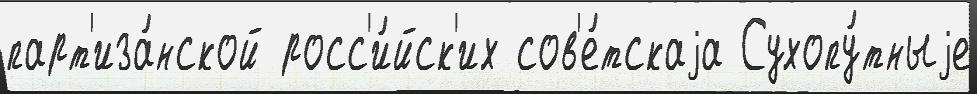
парт'иза́нской росс'и́йск'их сов'е́тскаjа Сухопу́тныjе